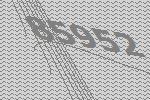
85952